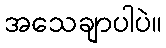
အသေချာပါပဲ။